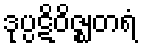
ဒုပ္ပဋိဝိဇ္ဈတရံ